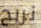
نربح